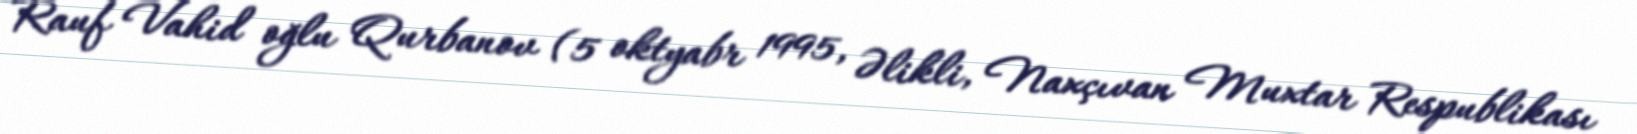
Rauf Vahid oğlu Qurbanov (5 oktyabr 1995, Əlikli, Naxçıvan Muxtar Respublikası